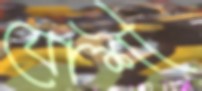
যোশী